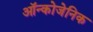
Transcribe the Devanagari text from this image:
ऑन्कोजेनिक